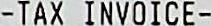
-TAX INVOICE-